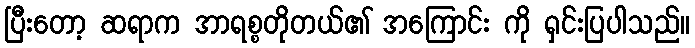
ပြီးတော့ ဆရာက အာရစ္စတိုတယ်၏ အကြောင်း ကို ရှင်းပြပါသည်။